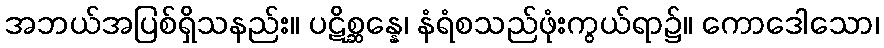
အဘယ်အပြစ်ရှိသနည်း။ ပဋိစ္ဆန္နေ၊ နံရံစသည်ဖုံးကွယ်ရာ၌။ ကောဒေါသော၊